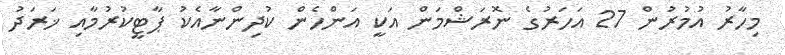
މިހާރު އުމުރުން 27 އަހަރުގެ ނޮރަޝްމަން އަކީ އަންހެން ކުދިންނާއެކު ޕާޓީކުރުމާއި ޚަރަދު